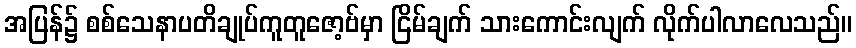
အပြန်၌ စစ်သေနာပတိချုပ်ကူတူဇော့ဗ်မှာ ငြိမ်ချက် သားကောင်းလျက် လိုက်ပါလာလေသည်။